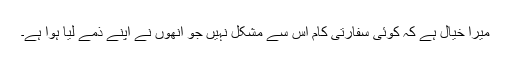
میرا خیال ہے کہ کوئی سفارتی کام اس سے مشکل نہیں جو انھوں نے اپنے ذمے لیا ہوا ہے۔